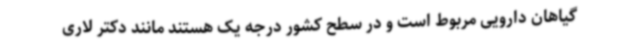
گیاهان دارویی مربوط است و در سطح کشور درجه یک هستند مانند دکتر لاری